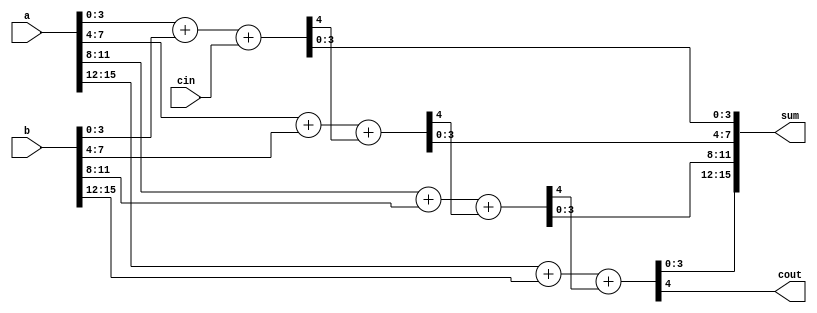
// This program was cloned from: https://github.com/HKUSTGZ-MICS-LYU/FlattenRTL
// License: MIT License

/* Generated by Yosys 0.37+15 (git sha1 6282c1f27, gcc 10.5.0-1ubuntu1~20.04 -fPIC -Os) */

(* src = "adder.v:38.1-61.10" *)
module adder_16bit(a, b, cin, sum, cout);
  (* src = "adder.v:47.16-53.6|adder.v:9.26-9.31|adder.v:22.16-28.6" *)
  wire [4:0] _00_;
  (* src = "adder.v:47.16-53.6|adder.v:9.26-9.37|adder.v:22.16-28.6" *)
  wire [4:0] _01_;
  (* src = "adder.v:47.16-53.6|adder.v:9.26-9.31|adder.v:29.16-35.6" *)
  wire [4:0] _02_;
  (* src = "adder.v:47.16-53.6|adder.v:9.26-9.37|adder.v:29.16-35.6" *)
  wire [4:0] _03_;
  (* src = "adder.v:54.16-60.6|adder.v:9.26-9.31|adder.v:22.16-28.6" *)
  wire [4:0] _04_;
  (* src = "adder.v:54.16-60.6|adder.v:9.26-9.37|adder.v:22.16-28.6" *)
  wire [4:0] _05_;
  (* src = "adder.v:54.16-60.6|adder.v:9.26-9.31|adder.v:29.16-35.6" *)
  wire [4:0] _06_;
  (* src = "adder.v:54.16-60.6|adder.v:9.26-9.37|adder.v:29.16-35.6" *)
  wire [4:0] _07_;
  (* src = "adder.v:39.18-39.19" *)
  input [15:0] a;
  wire [15:0] a;
  (* src = "adder.v:40.18-40.19" *)
  input [15:0] b;
  wire [15:0] b;
  (* src = "adder.v:46.10-46.15" *)
  wire carry;
  (* src = "adder.v:41.11-41.14" *)
  input cin;
  wire cin;
  (* src = "adder.v:43.12-43.16" *)
  output cout;
  wire cout;
  (* hdlname = "lower_half a" *)
  (* src = "adder.v:47.16-53.6|adder.v:14.17-14.18" *)
  wire [7:0] \lower_half.a ;
  (* hdlname = "lower_half b" *)
  (* src = "adder.v:47.16-53.6|adder.v:15.17-15.18" *)
  wire [7:0] \lower_half.b ;
  (* hdlname = "lower_half carry" *)
  (* src = "adder.v:47.16-53.6|adder.v:21.10-21.15" *)
  wire \lower_half.carry ;
  (* hdlname = "lower_half cin" *)
  (* src = "adder.v:47.16-53.6|adder.v:16.11-16.14" *)
  wire \lower_half.cin ;
  (* hdlname = "lower_half cout" *)
  (* src = "adder.v:47.16-53.6|adder.v:18.12-18.16" *)
  wire \lower_half.cout ;
  (* hdlname = "lower_half lower_half a" *)
  (* src = "adder.v:47.16-53.6|adder.v:2.17-2.18|adder.v:22.16-28.6" *)
  wire [3:0] \lower_half.lower_half.a ;
  (* hdlname = "lower_half lower_half b" *)
  (* src = "adder.v:47.16-53.6|adder.v:3.17-3.18|adder.v:22.16-28.6" *)
  wire [3:0] \lower_half.lower_half.b ;
  (* hdlname = "lower_half lower_half cin" *)
  (* src = "adder.v:47.16-53.6|adder.v:4.11-4.14|adder.v:22.16-28.6" *)
  wire \lower_half.lower_half.cin ;
  (* hdlname = "lower_half lower_half cout" *)
  (* src = "adder.v:47.16-53.6|adder.v:6.12-6.16|adder.v:22.16-28.6" *)
  wire \lower_half.lower_half.cout ;
  (* hdlname = "lower_half lower_half sum" *)
  (* src = "adder.v:47.16-53.6|adder.v:5.18-5.21|adder.v:22.16-28.6" *)
  wire [3:0] \lower_half.lower_half.sum ;
  (* hdlname = "lower_half sum" *)
  (* src = "adder.v:47.16-53.6|adder.v:17.18-17.21" *)
  wire [7:0] \lower_half.sum ;
  (* hdlname = "lower_half upper_half a" *)
  (* src = "adder.v:47.16-53.6|adder.v:2.17-2.18|adder.v:29.16-35.6" *)
  wire [3:0] \lower_half.upper_half.a ;
  (* hdlname = "lower_half upper_half b" *)
  (* src = "adder.v:47.16-53.6|adder.v:3.17-3.18|adder.v:29.16-35.6" *)
  wire [3:0] \lower_half.upper_half.b ;
  (* hdlname = "lower_half upper_half cin" *)
  (* src = "adder.v:47.16-53.6|adder.v:4.11-4.14|adder.v:29.16-35.6" *)
  wire \lower_half.upper_half.cin ;
  (* hdlname = "lower_half upper_half cout" *)
  (* src = "adder.v:47.16-53.6|adder.v:6.12-6.16|adder.v:29.16-35.6" *)
  wire \lower_half.upper_half.cout ;
  (* hdlname = "lower_half upper_half sum" *)
  (* src = "adder.v:47.16-53.6|adder.v:5.18-5.21|adder.v:29.16-35.6" *)
  wire [3:0] \lower_half.upper_half.sum ;
  (* src = "adder.v:42.19-42.22" *)
  output [15:0] sum;
  wire [15:0] sum;
  (* hdlname = "upper_half a" *)
  (* src = "adder.v:54.16-60.6|adder.v:14.17-14.18" *)
  wire [7:0] \upper_half.a ;
  (* hdlname = "upper_half b" *)
  (* src = "adder.v:54.16-60.6|adder.v:15.17-15.18" *)
  wire [7:0] \upper_half.b ;
  (* hdlname = "upper_half carry" *)
  (* src = "adder.v:54.16-60.6|adder.v:21.10-21.15" *)
  wire \upper_half.carry ;
  (* hdlname = "upper_half cin" *)
  (* src = "adder.v:54.16-60.6|adder.v:16.11-16.14" *)
  wire \upper_half.cin ;
  (* hdlname = "upper_half cout" *)
  (* src = "adder.v:54.16-60.6|adder.v:18.12-18.16" *)
  wire \upper_half.cout ;
  (* hdlname = "upper_half lower_half a" *)
  (* src = "adder.v:54.16-60.6|adder.v:2.17-2.18|adder.v:22.16-28.6" *)
  wire [3:0] \upper_half.lower_half.a ;
  (* hdlname = "upper_half lower_half b" *)
  (* src = "adder.v:54.16-60.6|adder.v:3.17-3.18|adder.v:22.16-28.6" *)
  wire [3:0] \upper_half.lower_half.b ;
  (* hdlname = "upper_half lower_half cin" *)
  (* src = "adder.v:54.16-60.6|adder.v:4.11-4.14|adder.v:22.16-28.6" *)
  wire \upper_half.lower_half.cin ;
  (* hdlname = "upper_half lower_half cout" *)
  (* src = "adder.v:54.16-60.6|adder.v:6.12-6.16|adder.v:22.16-28.6" *)
  wire \upper_half.lower_half.cout ;
  (* hdlname = "upper_half lower_half sum" *)
  (* src = "adder.v:54.16-60.6|adder.v:5.18-5.21|adder.v:22.16-28.6" *)
  wire [3:0] \upper_half.lower_half.sum ;
  (* hdlname = "upper_half sum" *)
  (* src = "adder.v:54.16-60.6|adder.v:17.18-17.21" *)
  wire [7:0] \upper_half.sum ;
  (* hdlname = "upper_half upper_half a" *)
  (* src = "adder.v:54.16-60.6|adder.v:2.17-2.18|adder.v:29.16-35.6" *)
  wire [3:0] \upper_half.upper_half.a ;
  (* hdlname = "upper_half upper_half b" *)
  (* src = "adder.v:54.16-60.6|adder.v:3.17-3.18|adder.v:29.16-35.6" *)
  wire [3:0] \upper_half.upper_half.b ;
  (* hdlname = "upper_half upper_half cin" *)
  (* src = "adder.v:54.16-60.6|adder.v:4.11-4.14|adder.v:29.16-35.6" *)
  wire \upper_half.upper_half.cin ;
  (* hdlname = "upper_half upper_half cout" *)
  (* src = "adder.v:54.16-60.6|adder.v:6.12-6.16|adder.v:29.16-35.6" *)
  wire \upper_half.upper_half.cout ;
  (* hdlname = "upper_half upper_half sum" *)
  (* src = "adder.v:54.16-60.6|adder.v:5.18-5.21|adder.v:29.16-35.6" *)
  wire [3:0] \upper_half.upper_half.sum ;
  assign _00_ = \lower_half.lower_half.a  + (* src = "adder.v:47.16-53.6|adder.v:9.26-9.31|adder.v:22.16-28.6" *) \lower_half.lower_half.b ;
  assign _01_ = _00_ + (* src = "adder.v:47.16-53.6|adder.v:9.26-9.37|adder.v:22.16-28.6" *) \lower_half.lower_half.cin ;
  assign _02_ = \lower_half.upper_half.a  + (* src = "adder.v:47.16-53.6|adder.v:9.26-9.31|adder.v:29.16-35.6" *) \lower_half.upper_half.b ;
  assign _03_ = _02_ + (* src = "adder.v:47.16-53.6|adder.v:9.26-9.37|adder.v:29.16-35.6" *) \lower_half.upper_half.cin ;
  assign _04_ = \upper_half.lower_half.a  + (* src = "adder.v:54.16-60.6|adder.v:9.26-9.31|adder.v:22.16-28.6" *) \upper_half.lower_half.b ;
  assign _05_ = _04_ + (* src = "adder.v:54.16-60.6|adder.v:9.26-9.37|adder.v:22.16-28.6" *) \upper_half.lower_half.cin ;
  assign _06_ = \upper_half.upper_half.a  + (* src = "adder.v:54.16-60.6|adder.v:9.26-9.31|adder.v:29.16-35.6" *) \upper_half.upper_half.b ;
  assign _07_ = _06_ + (* src = "adder.v:54.16-60.6|adder.v:9.26-9.37|adder.v:29.16-35.6" *) \upper_half.upper_half.cin ;
  assign { \lower_half.lower_half.cout , \lower_half.lower_half.sum  } = _01_;
  assign \lower_half.carry  = \lower_half.lower_half.cout ;
  assign \lower_half.sum [3:0] = \lower_half.lower_half.sum ;
  assign \lower_half.lower_half.cin  = \lower_half.cin ;
  assign \lower_half.lower_half.b  = \lower_half.b [3:0];
  assign \lower_half.lower_half.a  = \lower_half.a [3:0];
  assign { \lower_half.upper_half.cout , \lower_half.upper_half.sum  } = _03_;
  assign \lower_half.cout  = \lower_half.upper_half.cout ;
  assign \lower_half.sum [7:4] = \lower_half.upper_half.sum ;
  assign \lower_half.upper_half.cin  = \lower_half.carry ;
  assign \lower_half.upper_half.b  = \lower_half.b [7:4];
  assign \lower_half.upper_half.a  = \lower_half.a [7:4];
  assign carry = \lower_half.cout ;
  assign sum[7:0] = \lower_half.sum ;
  assign \lower_half.cin  = cin;
  assign \lower_half.b  = b[7:0];
  assign \lower_half.a  = a[7:0];
  assign { \upper_half.lower_half.cout , \upper_half.lower_half.sum  } = _05_;
  assign \upper_half.carry  = \upper_half.lower_half.cout ;
  assign \upper_half.sum [3:0] = \upper_half.lower_half.sum ;
  assign \upper_half.lower_half.cin  = \upper_half.cin ;
  assign \upper_half.lower_half.b  = \upper_half.b [3:0];
  assign \upper_half.lower_half.a  = \upper_half.a [3:0];
  assign { \upper_half.upper_half.cout , \upper_half.upper_half.sum  } = _07_;
  assign \upper_half.cout  = \upper_half.upper_half.cout ;
  assign \upper_half.sum [7:4] = \upper_half.upper_half.sum ;
  assign \upper_half.upper_half.cin  = \upper_half.carry ;
  assign \upper_half.upper_half.b  = \upper_half.b [7:4];
  assign \upper_half.upper_half.a  = \upper_half.a [7:4];
  assign cout = \upper_half.cout ;
  assign sum[15:8] = \upper_half.sum ;
  assign \upper_half.cin  = carry;
  assign \upper_half.b  = b[15:8];
  assign \upper_half.a  = a[15:8];
endmodule

(* src = "adder.v:63.1-86.10" *)
module adder_32bit(a, b, cin, sum, cout);
  (* src = "adder.v:72.17-78.6|adder.v:22.16-28.6|adder.v:9.26-9.31|adder.v:47.16-53.6" *)
  wire [4:0] _00_;
  (* src = "adder.v:72.17-78.6|adder.v:22.16-28.6|adder.v:9.26-9.37|adder.v:47.16-53.6" *)
  wire [4:0] _01_;
  (* src = "adder.v:72.17-78.6|adder.v:29.16-35.6|adder.v:9.26-9.31|adder.v:47.16-53.6" *)
  wire [4:0] _02_;
  (* src = "adder.v:72.17-78.6|adder.v:29.16-35.6|adder.v:9.26-9.37|adder.v:47.16-53.6" *)
  wire [4:0] _03_;
  (* src = "adder.v:72.17-78.6|adder.v:22.16-28.6|adder.v:9.26-9.31|adder.v:54.16-60.6" *)
  wire [4:0] _04_;
  (* src = "adder.v:72.17-78.6|adder.v:22.16-28.6|adder.v:9.26-9.37|adder.v:54.16-60.6" *)
  wire [4:0] _05_;
  (* src = "adder.v:72.17-78.6|adder.v:29.16-35.6|adder.v:9.26-9.31|adder.v:54.16-60.6" *)
  wire [4:0] _06_;
  (* src = "adder.v:72.17-78.6|adder.v:29.16-35.6|adder.v:9.26-9.37|adder.v:54.16-60.6" *)
  wire [4:0] _07_;
  (* src = "adder.v:79.17-85.6|adder.v:22.16-28.6|adder.v:9.26-9.31|adder.v:47.16-53.6" *)
  wire [4:0] _08_;
  (* src = "adder.v:79.17-85.6|adder.v:22.16-28.6|adder.v:9.26-9.37|adder.v:47.16-53.6" *)
  wire [4:0] _09_;
  (* src = "adder.v:79.17-85.6|adder.v:29.16-35.6|adder.v:9.26-9.31|adder.v:47.16-53.6" *)
  wire [4:0] _10_;
  (* src = "adder.v:79.17-85.6|adder.v:29.16-35.6|adder.v:9.26-9.37|adder.v:47.16-53.6" *)
  wire [4:0] _11_;
  (* src = "adder.v:79.17-85.6|adder.v:22.16-28.6|adder.v:9.26-9.31|adder.v:54.16-60.6" *)
  wire [4:0] _12_;
  (* src = "adder.v:79.17-85.6|adder.v:22.16-28.6|adder.v:9.26-9.37|adder.v:54.16-60.6" *)
  wire [4:0] _13_;
  (* src = "adder.v:79.17-85.6|adder.v:29.16-35.6|adder.v:9.26-9.31|adder.v:54.16-60.6" *)
  wire [4:0] _14_;
  (* src = "adder.v:79.17-85.6|adder.v:29.16-35.6|adder.v:9.26-9.37|adder.v:54.16-60.6" *)
  wire [4:0] _15_;
  (* src = "adder.v:64.18-64.19" *)
  input [31:0] a;
  wire [31:0] a;
  (* src = "adder.v:65.18-65.19" *)
  input [31:0] b;
  wire [31:0] b;
  (* src = "adder.v:71.10-71.15" *)
  wire carry;
  (* src = "adder.v:66.11-66.14" *)
  input cin;
  wire cin;
  (* src = "adder.v:68.12-68.16" *)
  output cout;
  wire cout;
  (* hdlname = "lower_half a" *)
  (* src = "adder.v:72.17-78.6|adder.v:39.18-39.19" *)
  wire [15:0] \lower_half.a ;
  (* hdlname = "lower_half b" *)
  (* src = "adder.v:72.17-78.6|adder.v:40.18-40.19" *)
  wire [15:0] \lower_half.b ;
  (* hdlname = "lower_half carry" *)
  (* src = "adder.v:72.17-78.6|adder.v:46.10-46.15" *)
  wire \lower_half.carry ;
  (* hdlname = "lower_half cin" *)
  (* src = "adder.v:72.17-78.6|adder.v:41.11-41.14" *)
  wire \lower_half.cin ;
  (* hdlname = "lower_half cout" *)
  (* src = "adder.v:72.17-78.6|adder.v:43.12-43.16" *)
  wire \lower_half.cout ;
  (* hdlname = "lower_half lower_half a" *)
  (* src = "adder.v:72.17-78.6|adder.v:14.17-14.18|adder.v:47.16-53.6" *)
  wire [7:0] \lower_half.lower_half.a ;
  (* hdlname = "lower_half lower_half b" *)
  (* src = "adder.v:72.17-78.6|adder.v:15.17-15.18|adder.v:47.16-53.6" *)
  wire [7:0] \lower_half.lower_half.b ;
  (* hdlname = "lower_half lower_half carry" *)
  (* src = "adder.v:72.17-78.6|adder.v:21.10-21.15|adder.v:47.16-53.6" *)
  wire \lower_half.lower_half.carry ;
  (* hdlname = "lower_half lower_half cin" *)
  (* src = "adder.v:72.17-78.6|adder.v:16.11-16.14|adder.v:47.16-53.6" *)
  wire \lower_half.lower_half.cin ;
  (* hdlname = "lower_half lower_half cout" *)
  (* src = "adder.v:72.17-78.6|adder.v:18.12-18.16|adder.v:47.16-53.6" *)
  wire \lower_half.lower_half.cout ;
  (* hdlname = "lower_half lower_half lower_half a" *)
  (* src = "adder.v:72.17-78.6|adder.v:22.16-28.6|adder.v:2.17-2.18|adder.v:47.16-53.6" *)
  wire [3:0] \lower_half.lower_half.lower_half.a ;
  (* hdlname = "lower_half lower_half lower_half b" *)
  (* src = "adder.v:72.17-78.6|adder.v:22.16-28.6|adder.v:3.17-3.18|adder.v:47.16-53.6" *)
  wire [3:0] \lower_half.lower_half.lower_half.b ;
  (* hdlname = "lower_half lower_half lower_half cin" *)
  (* src = "adder.v:72.17-78.6|adder.v:22.16-28.6|adder.v:4.11-4.14|adder.v:47.16-53.6" *)
  wire \lower_half.lower_half.lower_half.cin ;
  (* hdlname = "lower_half lower_half lower_half cout" *)
  (* src = "adder.v:72.17-78.6|adder.v:22.16-28.6|adder.v:6.12-6.16|adder.v:47.16-53.6" *)
  wire \lower_half.lower_half.lower_half.cout ;
  (* hdlname = "lower_half lower_half lower_half sum" *)
  (* src = "adder.v:72.17-78.6|adder.v:22.16-28.6|adder.v:5.18-5.21|adder.v:47.16-53.6" *)
  wire [3:0] \lower_half.lower_half.lower_half.sum ;
  (* hdlname = "lower_half lower_half sum" *)
  (* src = "adder.v:72.17-78.6|adder.v:17.18-17.21|adder.v:47.16-53.6" *)
  wire [7:0] \lower_half.lower_half.sum ;
  (* hdlname = "lower_half lower_half upper_half a" *)
  (* src = "adder.v:72.17-78.6|adder.v:29.16-35.6|adder.v:2.17-2.18|adder.v:47.16-53.6" *)
  wire [3:0] \lower_half.lower_half.upper_half.a ;
  (* hdlname = "lower_half lower_half upper_half b" *)
  (* src = "adder.v:72.17-78.6|adder.v:29.16-35.6|adder.v:3.17-3.18|adder.v:47.16-53.6" *)
  wire [3:0] \lower_half.lower_half.upper_half.b ;
  (* hdlname = "lower_half lower_half upper_half cin" *)
  (* src = "adder.v:72.17-78.6|adder.v:29.16-35.6|adder.v:4.11-4.14|adder.v:47.16-53.6" *)
  wire \lower_half.lower_half.upper_half.cin ;
  (* hdlname = "lower_half lower_half upper_half cout" *)
  (* src = "adder.v:72.17-78.6|adder.v:29.16-35.6|adder.v:6.12-6.16|adder.v:47.16-53.6" *)
  wire \lower_half.lower_half.upper_half.cout ;
  (* hdlname = "lower_half lower_half upper_half sum" *)
  (* src = "adder.v:72.17-78.6|adder.v:29.16-35.6|adder.v:5.18-5.21|adder.v:47.16-53.6" *)
  wire [3:0] \lower_half.lower_half.upper_half.sum ;
  (* hdlname = "lower_half sum" *)
  (* src = "adder.v:72.17-78.6|adder.v:42.19-42.22" *)
  wire [15:0] \lower_half.sum ;
  (* hdlname = "lower_half upper_half a" *)
  (* src = "adder.v:72.17-78.6|adder.v:14.17-14.18|adder.v:54.16-60.6" *)
  wire [7:0] \lower_half.upper_half.a ;
  (* hdlname = "lower_half upper_half b" *)
  (* src = "adder.v:72.17-78.6|adder.v:15.17-15.18|adder.v:54.16-60.6" *)
  wire [7:0] \lower_half.upper_half.b ;
  (* hdlname = "lower_half upper_half carry" *)
  (* src = "adder.v:72.17-78.6|adder.v:21.10-21.15|adder.v:54.16-60.6" *)
  wire \lower_half.upper_half.carry ;
  (* hdlname = "lower_half upper_half cin" *)
  (* src = "adder.v:72.17-78.6|adder.v:16.11-16.14|adder.v:54.16-60.6" *)
  wire \lower_half.upper_half.cin ;
  (* hdlname = "lower_half upper_half cout" *)
  (* src = "adder.v:72.17-78.6|adder.v:18.12-18.16|adder.v:54.16-60.6" *)
  wire \lower_half.upper_half.cout ;
  (* hdlname = "lower_half upper_half lower_half a" *)
  (* src = "adder.v:72.17-78.6|adder.v:22.16-28.6|adder.v:2.17-2.18|adder.v:54.16-60.6" *)
  wire [3:0] \lower_half.upper_half.lower_half.a ;
  (* hdlname = "lower_half upper_half lower_half b" *)
  (* src = "adder.v:72.17-78.6|adder.v:22.16-28.6|adder.v:3.17-3.18|adder.v:54.16-60.6" *)
  wire [3:0] \lower_half.upper_half.lower_half.b ;
  (* hdlname = "lower_half upper_half lower_half cin" *)
  (* src = "adder.v:72.17-78.6|adder.v:22.16-28.6|adder.v:4.11-4.14|adder.v:54.16-60.6" *)
  wire \lower_half.upper_half.lower_half.cin ;
  (* hdlname = "lower_half upper_half lower_half cout" *)
  (* src = "adder.v:72.17-78.6|adder.v:22.16-28.6|adder.v:6.12-6.16|adder.v:54.16-60.6" *)
  wire \lower_half.upper_half.lower_half.cout ;
  (* hdlname = "lower_half upper_half lower_half sum" *)
  (* src = "adder.v:72.17-78.6|adder.v:22.16-28.6|adder.v:5.18-5.21|adder.v:54.16-60.6" *)
  wire [3:0] \lower_half.upper_half.lower_half.sum ;
  (* hdlname = "lower_half upper_half sum" *)
  (* src = "adder.v:72.17-78.6|adder.v:17.18-17.21|adder.v:54.16-60.6" *)
  wire [7:0] \lower_half.upper_half.sum ;
  (* hdlname = "lower_half upper_half upper_half a" *)
  (* src = "adder.v:72.17-78.6|adder.v:29.16-35.6|adder.v:2.17-2.18|adder.v:54.16-60.6" *)
  wire [3:0] \lower_half.upper_half.upper_half.a ;
  (* hdlname = "lower_half upper_half upper_half b" *)
  (* src = "adder.v:72.17-78.6|adder.v:29.16-35.6|adder.v:3.17-3.18|adder.v:54.16-60.6" *)
  wire [3:0] \lower_half.upper_half.upper_half.b ;
  (* hdlname = "lower_half upper_half upper_half cin" *)
  (* src = "adder.v:72.17-78.6|adder.v:29.16-35.6|adder.v:4.11-4.14|adder.v:54.16-60.6" *)
  wire \lower_half.upper_half.upper_half.cin ;
  (* hdlname = "lower_half upper_half upper_half cout" *)
  (* src = "adder.v:72.17-78.6|adder.v:29.16-35.6|adder.v:6.12-6.16|adder.v:54.16-60.6" *)
  wire \lower_half.upper_half.upper_half.cout ;
  (* hdlname = "lower_half upper_half upper_half sum" *)
  (* src = "adder.v:72.17-78.6|adder.v:29.16-35.6|adder.v:5.18-5.21|adder.v:54.16-60.6" *)
  wire [3:0] \lower_half.upper_half.upper_half.sum ;
  (* src = "adder.v:67.19-67.22" *)
  output [31:0] sum;
  wire [31:0] sum;
  (* hdlname = "upper_half a" *)
  (* src = "adder.v:79.17-85.6|adder.v:39.18-39.19" *)
  wire [15:0] \upper_half.a ;
  (* hdlname = "upper_half b" *)
  (* src = "adder.v:79.17-85.6|adder.v:40.18-40.19" *)
  wire [15:0] \upper_half.b ;
  (* hdlname = "upper_half carry" *)
  (* src = "adder.v:79.17-85.6|adder.v:46.10-46.15" *)
  wire \upper_half.carry ;
  (* hdlname = "upper_half cin" *)
  (* src = "adder.v:79.17-85.6|adder.v:41.11-41.14" *)
  wire \upper_half.cin ;
  (* hdlname = "upper_half cout" *)
  (* src = "adder.v:79.17-85.6|adder.v:43.12-43.16" *)
  wire \upper_half.cout ;
  (* hdlname = "upper_half lower_half a" *)
  (* src = "adder.v:79.17-85.6|adder.v:14.17-14.18|adder.v:47.16-53.6" *)
  wire [7:0] \upper_half.lower_half.a ;
  (* hdlname = "upper_half lower_half b" *)
  (* src = "adder.v:79.17-85.6|adder.v:15.17-15.18|adder.v:47.16-53.6" *)
  wire [7:0] \upper_half.lower_half.b ;
  (* hdlname = "upper_half lower_half carry" *)
  (* src = "adder.v:79.17-85.6|adder.v:21.10-21.15|adder.v:47.16-53.6" *)
  wire \upper_half.lower_half.carry ;
  (* hdlname = "upper_half lower_half cin" *)
  (* src = "adder.v:79.17-85.6|adder.v:16.11-16.14|adder.v:47.16-53.6" *)
  wire \upper_half.lower_half.cin ;
  (* hdlname = "upper_half lower_half cout" *)
  (* src = "adder.v:79.17-85.6|adder.v:18.12-18.16|adder.v:47.16-53.6" *)
  wire \upper_half.lower_half.cout ;
  (* hdlname = "upper_half lower_half lower_half a" *)
  (* src = "adder.v:79.17-85.6|adder.v:22.16-28.6|adder.v:2.17-2.18|adder.v:47.16-53.6" *)
  wire [3:0] \upper_half.lower_half.lower_half.a ;
  (* hdlname = "upper_half lower_half lower_half b" *)
  (* src = "adder.v:79.17-85.6|adder.v:22.16-28.6|adder.v:3.17-3.18|adder.v:47.16-53.6" *)
  wire [3:0] \upper_half.lower_half.lower_half.b ;
  (* hdlname = "upper_half lower_half lower_half cin" *)
  (* src = "adder.v:79.17-85.6|adder.v:22.16-28.6|adder.v:4.11-4.14|adder.v:47.16-53.6" *)
  wire \upper_half.lower_half.lower_half.cin ;
  (* hdlname = "upper_half lower_half lower_half cout" *)
  (* src = "adder.v:79.17-85.6|adder.v:22.16-28.6|adder.v:6.12-6.16|adder.v:47.16-53.6" *)
  wire \upper_half.lower_half.lower_half.cout ;
  (* hdlname = "upper_half lower_half lower_half sum" *)
  (* src = "adder.v:79.17-85.6|adder.v:22.16-28.6|adder.v:5.18-5.21|adder.v:47.16-53.6" *)
  wire [3:0] \upper_half.lower_half.lower_half.sum ;
  (* hdlname = "upper_half lower_half sum" *)
  (* src = "adder.v:79.17-85.6|adder.v:17.18-17.21|adder.v:47.16-53.6" *)
  wire [7:0] \upper_half.lower_half.sum ;
  (* hdlname = "upper_half lower_half upper_half a" *)
  (* src = "adder.v:79.17-85.6|adder.v:29.16-35.6|adder.v:2.17-2.18|adder.v:47.16-53.6" *)
  wire [3:0] \upper_half.lower_half.upper_half.a ;
  (* hdlname = "upper_half lower_half upper_half b" *)
  (* src = "adder.v:79.17-85.6|adder.v:29.16-35.6|adder.v:3.17-3.18|adder.v:47.16-53.6" *)
  wire [3:0] \upper_half.lower_half.upper_half.b ;
  (* hdlname = "upper_half lower_half upper_half cin" *)
  (* src = "adder.v:79.17-85.6|adder.v:29.16-35.6|adder.v:4.11-4.14|adder.v:47.16-53.6" *)
  wire \upper_half.lower_half.upper_half.cin ;
  (* hdlname = "upper_half lower_half upper_half cout" *)
  (* src = "adder.v:79.17-85.6|adder.v:29.16-35.6|adder.v:6.12-6.16|adder.v:47.16-53.6" *)
  wire \upper_half.lower_half.upper_half.cout ;
  (* hdlname = "upper_half lower_half upper_half sum" *)
  (* src = "adder.v:79.17-85.6|adder.v:29.16-35.6|adder.v:5.18-5.21|adder.v:47.16-53.6" *)
  wire [3:0] \upper_half.lower_half.upper_half.sum ;
  (* hdlname = "upper_half sum" *)
  (* src = "adder.v:79.17-85.6|adder.v:42.19-42.22" *)
  wire [15:0] \upper_half.sum ;
  (* hdlname = "upper_half upper_half a" *)
  (* src = "adder.v:79.17-85.6|adder.v:14.17-14.18|adder.v:54.16-60.6" *)
  wire [7:0] \upper_half.upper_half.a ;
  (* hdlname = "upper_half upper_half b" *)
  (* src = "adder.v:79.17-85.6|adder.v:15.17-15.18|adder.v:54.16-60.6" *)
  wire [7:0] \upper_half.upper_half.b ;
  (* hdlname = "upper_half upper_half carry" *)
  (* src = "adder.v:79.17-85.6|adder.v:21.10-21.15|adder.v:54.16-60.6" *)
  wire \upper_half.upper_half.carry ;
  (* hdlname = "upper_half upper_half cin" *)
  (* src = "adder.v:79.17-85.6|adder.v:16.11-16.14|adder.v:54.16-60.6" *)
  wire \upper_half.upper_half.cin ;
  (* hdlname = "upper_half upper_half cout" *)
  (* src = "adder.v:79.17-85.6|adder.v:18.12-18.16|adder.v:54.16-60.6" *)
  wire \upper_half.upper_half.cout ;
  (* hdlname = "upper_half upper_half lower_half a" *)
  (* src = "adder.v:79.17-85.6|adder.v:22.16-28.6|adder.v:2.17-2.18|adder.v:54.16-60.6" *)
  wire [3:0] \upper_half.upper_half.lower_half.a ;
  (* hdlname = "upper_half upper_half lower_half b" *)
  (* src = "adder.v:79.17-85.6|adder.v:22.16-28.6|adder.v:3.17-3.18|adder.v:54.16-60.6" *)
  wire [3:0] \upper_half.upper_half.lower_half.b ;
  (* hdlname = "upper_half upper_half lower_half cin" *)
  (* src = "adder.v:79.17-85.6|adder.v:22.16-28.6|adder.v:4.11-4.14|adder.v:54.16-60.6" *)
  wire \upper_half.upper_half.lower_half.cin ;
  (* hdlname = "upper_half upper_half lower_half cout" *)
  (* src = "adder.v:79.17-85.6|adder.v:22.16-28.6|adder.v:6.12-6.16|adder.v:54.16-60.6" *)
  wire \upper_half.upper_half.lower_half.cout ;
  (* hdlname = "upper_half upper_half lower_half sum" *)
  (* src = "adder.v:79.17-85.6|adder.v:22.16-28.6|adder.v:5.18-5.21|adder.v:54.16-60.6" *)
  wire [3:0] \upper_half.upper_half.lower_half.sum ;
  (* hdlname = "upper_half upper_half sum" *)
  (* src = "adder.v:79.17-85.6|adder.v:17.18-17.21|adder.v:54.16-60.6" *)
  wire [7:0] \upper_half.upper_half.sum ;
  (* hdlname = "upper_half upper_half upper_half a" *)
  (* src = "adder.v:79.17-85.6|adder.v:29.16-35.6|adder.v:2.17-2.18|adder.v:54.16-60.6" *)
  wire [3:0] \upper_half.upper_half.upper_half.a ;
  (* hdlname = "upper_half upper_half upper_half b" *)
  (* src = "adder.v:79.17-85.6|adder.v:29.16-35.6|adder.v:3.17-3.18|adder.v:54.16-60.6" *)
  wire [3:0] \upper_half.upper_half.upper_half.b ;
  (* hdlname = "upper_half upper_half upper_half cin" *)
  (* src = "adder.v:79.17-85.6|adder.v:29.16-35.6|adder.v:4.11-4.14|adder.v:54.16-60.6" *)
  wire \upper_half.upper_half.upper_half.cin ;
  (* hdlname = "upper_half upper_half upper_half cout" *)
  (* src = "adder.v:79.17-85.6|adder.v:29.16-35.6|adder.v:6.12-6.16|adder.v:54.16-60.6" *)
  wire \upper_half.upper_half.upper_half.cout ;
  (* hdlname = "upper_half upper_half upper_half sum" *)
  (* src = "adder.v:79.17-85.6|adder.v:29.16-35.6|adder.v:5.18-5.21|adder.v:54.16-60.6" *)
  wire [3:0] \upper_half.upper_half.upper_half.sum ;
  assign _00_ = \lower_half.lower_half.lower_half.a  + (* src = "adder.v:72.17-78.6|adder.v:22.16-28.6|adder.v:9.26-9.31|adder.v:47.16-53.6" *) \lower_half.lower_half.lower_half.b ;
  assign _01_ = _00_ + (* src = "adder.v:72.17-78.6|adder.v:22.16-28.6|adder.v:9.26-9.37|adder.v:47.16-53.6" *) \lower_half.lower_half.lower_half.cin ;
  assign _02_ = \lower_half.lower_half.upper_half.a  + (* src = "adder.v:72.17-78.6|adder.v:29.16-35.6|adder.v:9.26-9.31|adder.v:47.16-53.6" *) \lower_half.lower_half.upper_half.b ;
  assign _03_ = _02_ + (* src = "adder.v:72.17-78.6|adder.v:29.16-35.6|adder.v:9.26-9.37|adder.v:47.16-53.6" *) \lower_half.lower_half.upper_half.cin ;
  assign _04_ = \lower_half.upper_half.lower_half.a  + (* src = "adder.v:72.17-78.6|adder.v:22.16-28.6|adder.v:9.26-9.31|adder.v:54.16-60.6" *) \lower_half.upper_half.lower_half.b ;
  assign _05_ = _04_ + (* src = "adder.v:72.17-78.6|adder.v:22.16-28.6|adder.v:9.26-9.37|adder.v:54.16-60.6" *) \lower_half.upper_half.lower_half.cin ;
  assign _06_ = \lower_half.upper_half.upper_half.a  + (* src = "adder.v:72.17-78.6|adder.v:29.16-35.6|adder.v:9.26-9.31|adder.v:54.16-60.6" *) \lower_half.upper_half.upper_half.b ;
  assign _07_ = _06_ + (* src = "adder.v:72.17-78.6|adder.v:29.16-35.6|adder.v:9.26-9.37|adder.v:54.16-60.6" *) \lower_half.upper_half.upper_half.cin ;
  assign _08_ = \upper_half.lower_half.lower_half.a  + (* src = "adder.v:79.17-85.6|adder.v:22.16-28.6|adder.v:9.26-9.31|adder.v:47.16-53.6" *) \upper_half.lower_half.lower_half.b ;
  assign _09_ = _08_ + (* src = "adder.v:79.17-85.6|adder.v:22.16-28.6|adder.v:9.26-9.37|adder.v:47.16-53.6" *) \upper_half.lower_half.lower_half.cin ;
  assign _10_ = \upper_half.lower_half.upper_half.a  + (* src = "adder.v:79.17-85.6|adder.v:29.16-35.6|adder.v:9.26-9.31|adder.v:47.16-53.6" *) \upper_half.lower_half.upper_half.b ;
  assign _11_ = _10_ + (* src = "adder.v:79.17-85.6|adder.v:29.16-35.6|adder.v:9.26-9.37|adder.v:47.16-53.6" *) \upper_half.lower_half.upper_half.cin ;
  assign _12_ = \upper_half.upper_half.lower_half.a  + (* src = "adder.v:79.17-85.6|adder.v:22.16-28.6|adder.v:9.26-9.31|adder.v:54.16-60.6" *) \upper_half.upper_half.lower_half.b ;
  assign _13_ = _12_ + (* src = "adder.v:79.17-85.6|adder.v:22.16-28.6|adder.v:9.26-9.37|adder.v:54.16-60.6" *) \upper_half.upper_half.lower_half.cin ;
  assign _14_ = \upper_half.upper_half.upper_half.a  + (* src = "adder.v:79.17-85.6|adder.v:29.16-35.6|adder.v:9.26-9.31|adder.v:54.16-60.6" *) \upper_half.upper_half.upper_half.b ;
  assign _15_ = _14_ + (* src = "adder.v:79.17-85.6|adder.v:29.16-35.6|adder.v:9.26-9.37|adder.v:54.16-60.6" *) \upper_half.upper_half.upper_half.cin ;
  assign { \lower_half.lower_half.lower_half.cout , \lower_half.lower_half.lower_half.sum  } = _01_;
  assign \lower_half.lower_half.carry  = \lower_half.lower_half.lower_half.cout ;
  assign \lower_half.lower_half.sum [3:0] = \lower_half.lower_half.lower_half.sum ;
  assign \lower_half.lower_half.lower_half.cin  = \lower_half.lower_half.cin ;
  assign \lower_half.lower_half.lower_half.b  = \lower_half.lower_half.b [3:0];
  assign \lower_half.lower_half.lower_half.a  = \lower_half.lower_half.a [3:0];
  assign { \lower_half.lower_half.upper_half.cout , \lower_half.lower_half.upper_half.sum  } = _03_;
  assign \lower_half.lower_half.cout  = \lower_half.lower_half.upper_half.cout ;
  assign \lower_half.lower_half.sum [7:4] = \lower_half.lower_half.upper_half.sum ;
  assign \lower_half.lower_half.upper_half.cin  = \lower_half.lower_half.carry ;
  assign \lower_half.lower_half.upper_half.b  = \lower_half.lower_half.b [7:4];
  assign \lower_half.lower_half.upper_half.a  = \lower_half.lower_half.a [7:4];
  assign \lower_half.carry  = \lower_half.lower_half.cout ;
  assign \lower_half.sum [7:0] = \lower_half.lower_half.sum ;
  assign \lower_half.lower_half.cin  = \lower_half.cin ;
  assign \lower_half.lower_half.b  = \lower_half.b [7:0];
  assign \lower_half.lower_half.a  = \lower_half.a [7:0];
  assign { \lower_half.upper_half.lower_half.cout , \lower_half.upper_half.lower_half.sum  } = _05_;
  assign \lower_half.upper_half.carry  = \lower_half.upper_half.lower_half.cout ;
  assign \lower_half.upper_half.sum [3:0] = \lower_half.upper_half.lower_half.sum ;
  assign \lower_half.upper_half.lower_half.cin  = \lower_half.upper_half.cin ;
  assign \lower_half.upper_half.lower_half.b  = \lower_half.upper_half.b [3:0];
  assign \lower_half.upper_half.lower_half.a  = \lower_half.upper_half.a [3:0];
  assign { \lower_half.upper_half.upper_half.cout , \lower_half.upper_half.upper_half.sum  } = _07_;
  assign \lower_half.upper_half.cout  = \lower_half.upper_half.upper_half.cout ;
  assign \lower_half.upper_half.sum [7:4] = \lower_half.upper_half.upper_half.sum ;
  assign \lower_half.upper_half.upper_half.cin  = \lower_half.upper_half.carry ;
  assign \lower_half.upper_half.upper_half.b  = \lower_half.upper_half.b [7:4];
  assign \lower_half.upper_half.upper_half.a  = \lower_half.upper_half.a [7:4];
  assign \lower_half.cout  = \lower_half.upper_half.cout ;
  assign \lower_half.sum [15:8] = \lower_half.upper_half.sum ;
  assign \lower_half.upper_half.cin  = \lower_half.carry ;
  assign \lower_half.upper_half.b  = \lower_half.b [15:8];
  assign \lower_half.upper_half.a  = \lower_half.a [15:8];
  assign carry = \lower_half.cout ;
  assign sum[15:0] = \lower_half.sum ;
  assign \lower_half.cin  = cin;
  assign \lower_half.b  = b[15:0];
  assign \lower_half.a  = a[15:0];
  assign { \upper_half.lower_half.lower_half.cout , \upper_half.lower_half.lower_half.sum  } = _09_;
  assign \upper_half.lower_half.carry  = \upper_half.lower_half.lower_half.cout ;
  assign \upper_half.lower_half.sum [3:0] = \upper_half.lower_half.lower_half.sum ;
  assign \upper_half.lower_half.lower_half.cin  = \upper_half.lower_half.cin ;
  assign \upper_half.lower_half.lower_half.b  = \upper_half.lower_half.b [3:0];
  assign \upper_half.lower_half.lower_half.a  = \upper_half.lower_half.a [3:0];
  assign { \upper_half.lower_half.upper_half.cout , \upper_half.lower_half.upper_half.sum  } = _11_;
  assign \upper_half.lower_half.cout  = \upper_half.lower_half.upper_half.cout ;
  assign \upper_half.lower_half.sum [7:4] = \upper_half.lower_half.upper_half.sum ;
  assign \upper_half.lower_half.upper_half.cin  = \upper_half.lower_half.carry ;
  assign \upper_half.lower_half.upper_half.b  = \upper_half.lower_half.b [7:4];
  assign \upper_half.lower_half.upper_half.a  = \upper_half.lower_half.a [7:4];
  assign \upper_half.carry  = \upper_half.lower_half.cout ;
  assign \upper_half.sum [7:0] = \upper_half.lower_half.sum ;
  assign \upper_half.lower_half.cin  = \upper_half.cin ;
  assign \upper_half.lower_half.b  = \upper_half.b [7:0];
  assign \upper_half.lower_half.a  = \upper_half.a [7:0];
  assign { \upper_half.upper_half.lower_half.cout , \upper_half.upper_half.lower_half.sum  } = _13_;
  assign \upper_half.upper_half.carry  = \upper_half.upper_half.lower_half.cout ;
  assign \upper_half.upper_half.sum [3:0] = \upper_half.upper_half.lower_half.sum ;
  assign \upper_half.upper_half.lower_half.cin  = \upper_half.upper_half.cin ;
  assign \upper_half.upper_half.lower_half.b  = \upper_half.upper_half.b [3:0];
  assign \upper_half.upper_half.lower_half.a  = \upper_half.upper_half.a [3:0];
  assign { \upper_half.upper_half.upper_half.cout , \upper_half.upper_half.upper_half.sum  } = _15_;
  assign \upper_half.upper_half.cout  = \upper_half.upper_half.upper_half.cout ;
  assign \upper_half.upper_half.sum [7:4] = \upper_half.upper_half.upper_half.sum ;
  assign \upper_half.upper_half.upper_half.cin  = \upper_half.upper_half.carry ;
  assign \upper_half.upper_half.upper_half.b  = \upper_half.upper_half.b [7:4];
  assign \upper_half.upper_half.upper_half.a  = \upper_half.upper_half.a [7:4];
  assign \upper_half.cout  = \upper_half.upper_half.cout ;
  assign \upper_half.sum [15:8] = \upper_half.upper_half.sum ;
  assign \upper_half.upper_half.cin  = \upper_half.carry ;
  assign \upper_half.upper_half.b  = \upper_half.b [15:8];
  assign \upper_half.upper_half.a  = \upper_half.a [15:8];
  assign cout = \upper_half.cout ;
  assign sum[31:16] = \upper_half.sum ;
  assign \upper_half.cin  = carry;
  assign \upper_half.b  = b[31:16];
  assign \upper_half.a  = a[31:16];
endmodule

(* src = "adder.v:1.1-11.10" *)
module adder_4bit(a, b, cin, sum, cout);
  (* src = "adder.v:9.26-9.31" *)
  wire [4:0] _0_;
  (* src = "adder.v:9.26-9.37" *)
  wire [4:0] _1_;
  (* src = "adder.v:2.17-2.18" *)
  input [3:0] a;
  wire [3:0] a;
  (* src = "adder.v:3.17-3.18" *)
  input [3:0] b;
  wire [3:0] b;
  (* src = "adder.v:4.11-4.14" *)
  input cin;
  wire cin;
  (* src = "adder.v:6.12-6.16" *)
  output cout;
  wire cout;
  (* src = "adder.v:5.18-5.21" *)
  output [3:0] sum;
  wire [3:0] sum;
  assign _0_ = a + (* src = "adder.v:9.26-9.31" *) b;
  assign _1_ = _0_ + (* src = "adder.v:9.26-9.37" *) cin;
  assign { cout, sum } = _1_;
endmodule

(* src = "adder.v:13.1-36.10" *)
module adder_8bit(a, b, cin, sum, cout);
  (* src = "adder.v:22.16-28.6|adder.v:9.26-9.31" *)
  wire [4:0] _0_;
  (* src = "adder.v:22.16-28.6|adder.v:9.26-9.37" *)
  wire [4:0] _1_;
  (* src = "adder.v:29.16-35.6|adder.v:9.26-9.31" *)
  wire [4:0] _2_;
  (* src = "adder.v:29.16-35.6|adder.v:9.26-9.37" *)
  wire [4:0] _3_;
  (* src = "adder.v:14.17-14.18" *)
  input [7:0] a;
  wire [7:0] a;
  (* src = "adder.v:15.17-15.18" *)
  input [7:0] b;
  wire [7:0] b;
  (* src = "adder.v:21.10-21.15" *)
  wire carry;
  (* src = "adder.v:16.11-16.14" *)
  input cin;
  wire cin;
  (* src = "adder.v:18.12-18.16" *)
  output cout;
  wire cout;
  (* hdlname = "lower_half a" *)
  (* src = "adder.v:22.16-28.6|adder.v:2.17-2.18" *)
  wire [3:0] \lower_half.a ;
  (* hdlname = "lower_half b" *)
  (* src = "adder.v:22.16-28.6|adder.v:3.17-3.18" *)
  wire [3:0] \lower_half.b ;
  (* hdlname = "lower_half cin" *)
  (* src = "adder.v:22.16-28.6|adder.v:4.11-4.14" *)
  wire \lower_half.cin ;
  (* hdlname = "lower_half cout" *)
  (* src = "adder.v:22.16-28.6|adder.v:6.12-6.16" *)
  wire \lower_half.cout ;
  (* hdlname = "lower_half sum" *)
  (* src = "adder.v:22.16-28.6|adder.v:5.18-5.21" *)
  wire [3:0] \lower_half.sum ;
  (* src = "adder.v:17.18-17.21" *)
  output [7:0] sum;
  wire [7:0] sum;
  (* hdlname = "upper_half a" *)
  (* src = "adder.v:29.16-35.6|adder.v:2.17-2.18" *)
  wire [3:0] \upper_half.a ;
  (* hdlname = "upper_half b" *)
  (* src = "adder.v:29.16-35.6|adder.v:3.17-3.18" *)
  wire [3:0] \upper_half.b ;
  (* hdlname = "upper_half cin" *)
  (* src = "adder.v:29.16-35.6|adder.v:4.11-4.14" *)
  wire \upper_half.cin ;
  (* hdlname = "upper_half cout" *)
  (* src = "adder.v:29.16-35.6|adder.v:6.12-6.16" *)
  wire \upper_half.cout ;
  (* hdlname = "upper_half sum" *)
  (* src = "adder.v:29.16-35.6|adder.v:5.18-5.21" *)
  wire [3:0] \upper_half.sum ;
  assign _0_ = \lower_half.a  + (* src = "adder.v:22.16-28.6|adder.v:9.26-9.31" *) \lower_half.b ;
  assign _1_ = _0_ + (* src = "adder.v:22.16-28.6|adder.v:9.26-9.37" *) \lower_half.cin ;
  assign _2_ = \upper_half.a  + (* src = "adder.v:29.16-35.6|adder.v:9.26-9.31" *) \upper_half.b ;
  assign _3_ = _2_ + (* src = "adder.v:29.16-35.6|adder.v:9.26-9.37" *) \upper_half.cin ;
  assign { \lower_half.cout , \lower_half.sum  } = _1_;
  assign carry = \lower_half.cout ;
  assign sum[3:0] = \lower_half.sum ;
  assign \lower_half.cin  = cin;
  assign \lower_half.b  = b[3:0];
  assign \lower_half.a  = a[3:0];
  assign { \upper_half.cout , \upper_half.sum  } = _3_;
  assign cout = \upper_half.cout ;
  assign sum[7:4] = \upper_half.sum ;
  assign \upper_half.cin  = carry;
  assign \upper_half.b  = b[7:4];
  assign \upper_half.a  = a[7:4];
endmodule